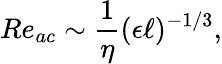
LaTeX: Re_{ac}\sim\frac{1}{\eta}(\epsilon\ell)^{-1/3},